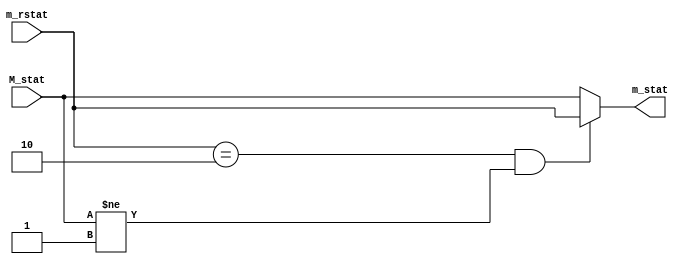
module M_status (
    output reg [1:0]m_stat,
    input [1:0]m_rstat,M_stat
);
always @*
begin
    if(m_rstat==2&&M_stat!=1)
        m_stat<=m_rstat;
    else
        m_stat<=M_stat;
end

endmodule